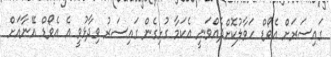
ގައިސަރަށް އެވޯޑް ހަވާލުކޮށްދެއްވަނީ އެކަމާ ގުޅިގެން ގައިސަރު ވިދާޅުވީ އެ އެވޯޑް އޭނާއަށް